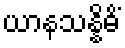
ယာနသန္နိဓိံ